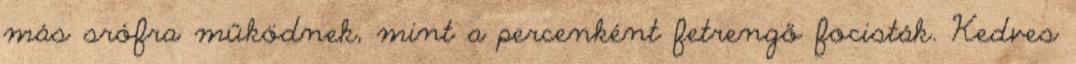
más srófra működnek, mint a percenként fetrengő focisták. Kedves